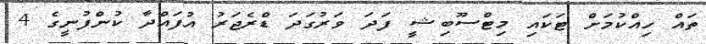
ތައް ހިއްކުމަށް ޓަކައި މިޓްސޫބިޝީ ފަދަ ވަރުގަދަ ޑްރެޖަރު އުފައްދާ ކުންފުނީގެ 4